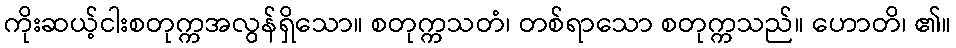
ကိုးဆယ့်ငါးစတုက္ကအလွန်ရှိသော။ စတုက္ကသတံ၊ တစ်ရာသော စတုက္ကသည်။ ဟောတိ၊ ၏။